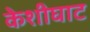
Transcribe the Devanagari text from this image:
केशीघाट